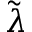
\tilde { \lambda }